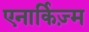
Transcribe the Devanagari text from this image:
एनार्किज़्म